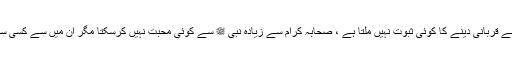
نبی ﷺ کی طرف سے قربانی : نبی کریم ﷺ کی طرف سے قربانی دینے کا کوئی ثبوت نہیں ملتا ہے ، صحابہ کرام سے زیادہ نبی ﷺ سے کوئی محبت نہیں کرسکتا مگر ان میں سے کسی سے بھی نبی ﷺ کے نام سے قربانی کرنا ثابت نہیں ہے ۔